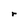
Character: r